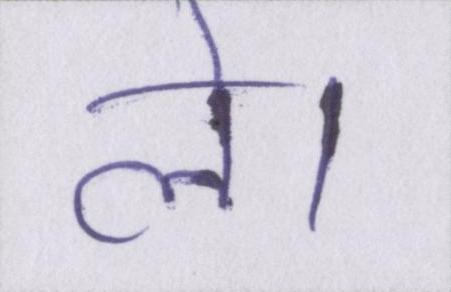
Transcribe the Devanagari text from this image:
ले।